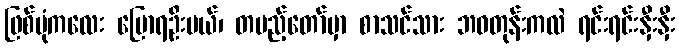
ဖြစ်ပုံကလေး ပြောရဦးမယ်၊ တပည့်တော်မှာ စာသင်သား ဘဝတုန်းကလဲ ရင်းရင်းနှီးနှီး